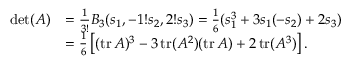
{ \begin{array} { r l } { \operatorname* { d e t } ( A ) } & { = { \frac { 1 } { 3 ! } } B _ { 3 } ( s _ { 1 } , - 1 ! s _ { 2 } , 2 ! s _ { 3 } ) = { \frac { 1 } { 6 } } ( s _ { 1 } ^ { 3 } + 3 s _ { 1 } ( - s _ { 2 } ) + 2 s _ { 3 } ) } \\ & { = { \frac { 1 } { 6 } } \left[ ( \operatorname { t r } A ) ^ { 3 } - 3 \operatorname { t r } ( A ^ { 2 } ) ( \operatorname { t r } A ) + 2 \operatorname { t r } ( A ^ { 3 } ) \right] . } \end{array} }